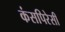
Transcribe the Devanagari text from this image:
कंसपिरेसी